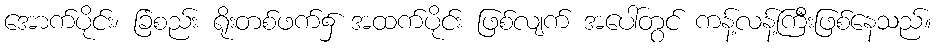
အောက်ပိုင်း၊ ခြံစည်း ရိုးတစ်ဖက်၌ အထက်ပိုင်း ဖြစ်လျက် အပေါ်တွင် ကန့်လန့်ကြီးဖြစ်နေသည်။